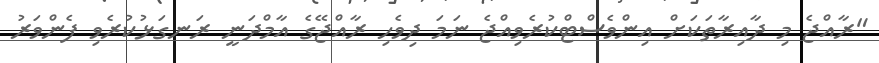
"ރާއްޖެ މި ދާއިރާތަކަށް އިންވެސްޓްކުރެވިއްޖެ ނަމަ ދިވެހި ރާއްޖޭގެ އާމްދަނީ ރަނގަޅުކުރެވި ފެންވަރު